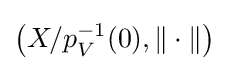
\left(X/p_{V}^{-1}(0),\|\cdot \|\right)